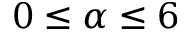
0 \leq \alpha \leq 6